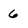
Character: 6